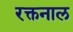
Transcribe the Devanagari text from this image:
रक्तनाल